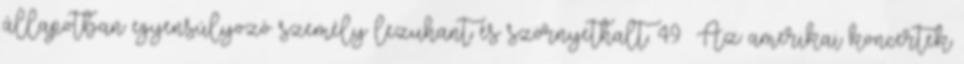
állapotban egyensúlyozó személy lezuhant és szörnyethalt. 49 Az amerikai koncertek